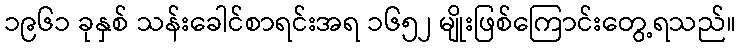
၁၉၆၁ ခုနှစ် သန်းခေါင်စာရင်းအရ ၁၆၅၂ မျိုးဖြစ်ကြောင်းတွေ့ရသည်။